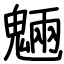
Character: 魎